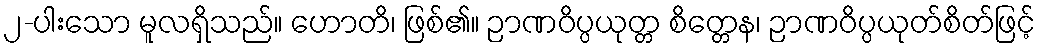
၂-ပါးသော မူလရှိသည်။ ဟောတိ၊ ဖြစ်၏။ ဉာဏဝိပ္ပယုတ္တ စိတ္တေန၊ ဉာဏဝိပ္ပယုတ်စိတ်ဖြင့်